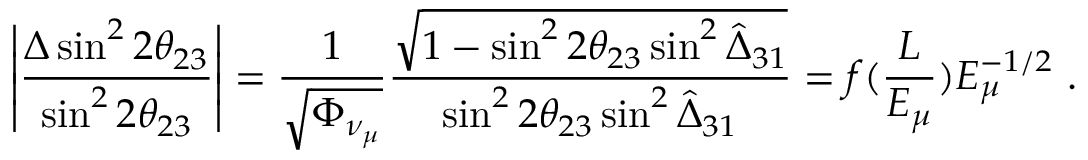
\left| \frac { \Delta \sin ^ { 2 } 2 \theta _ { 2 3 } } { \sin ^ { 2 } 2 \theta _ { 2 3 } } \right| = \frac { 1 } { \sqrt { \Phi _ { \nu _ { \mu } } } } \frac { \sqrt { 1 - \sin ^ { 2 } 2 \theta _ { 2 3 } \sin ^ { 2 } \hat { \Delta } _ { 3 1 } } } { \sin ^ { 2 } 2 \theta _ { 2 3 } \sin ^ { 2 } \hat { \Delta } _ { 3 1 } } = f ( \frac { L } { E _ { \mu } } ) E _ { \mu } ^ { - 1 / 2 } ~ .